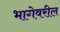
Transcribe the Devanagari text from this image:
भागेवरील